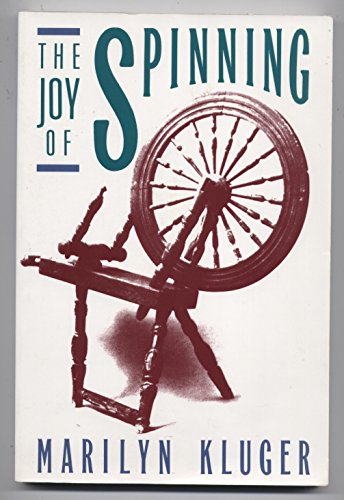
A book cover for The Joy of Spinning; Marilyn Kluger; Crafts, Hobbies & Home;